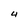
Character: 4